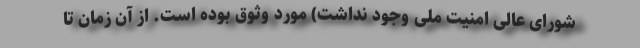
شورای عالی امنیت ملی وجود نداشت) مورد وثوق بوده است. از آن زمان تا